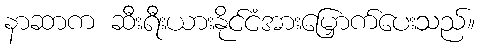
နာဆာက ဆီးရီးယားနိုင်ငံအားမြှောက်ပေးသည်။